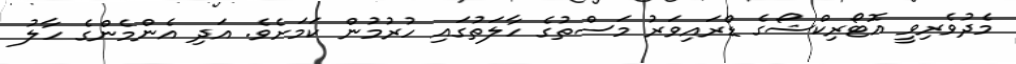
މެދުވެރިވީ އޮޓޯރިކްޝޯގެ ޑްރައިވަރު މަސްތުގެ ހާލަތުގައި ހުރުމުން ކަމަށެވެ. އަދި އެންމެންގެ ހާލު